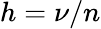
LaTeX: h=\nu/n